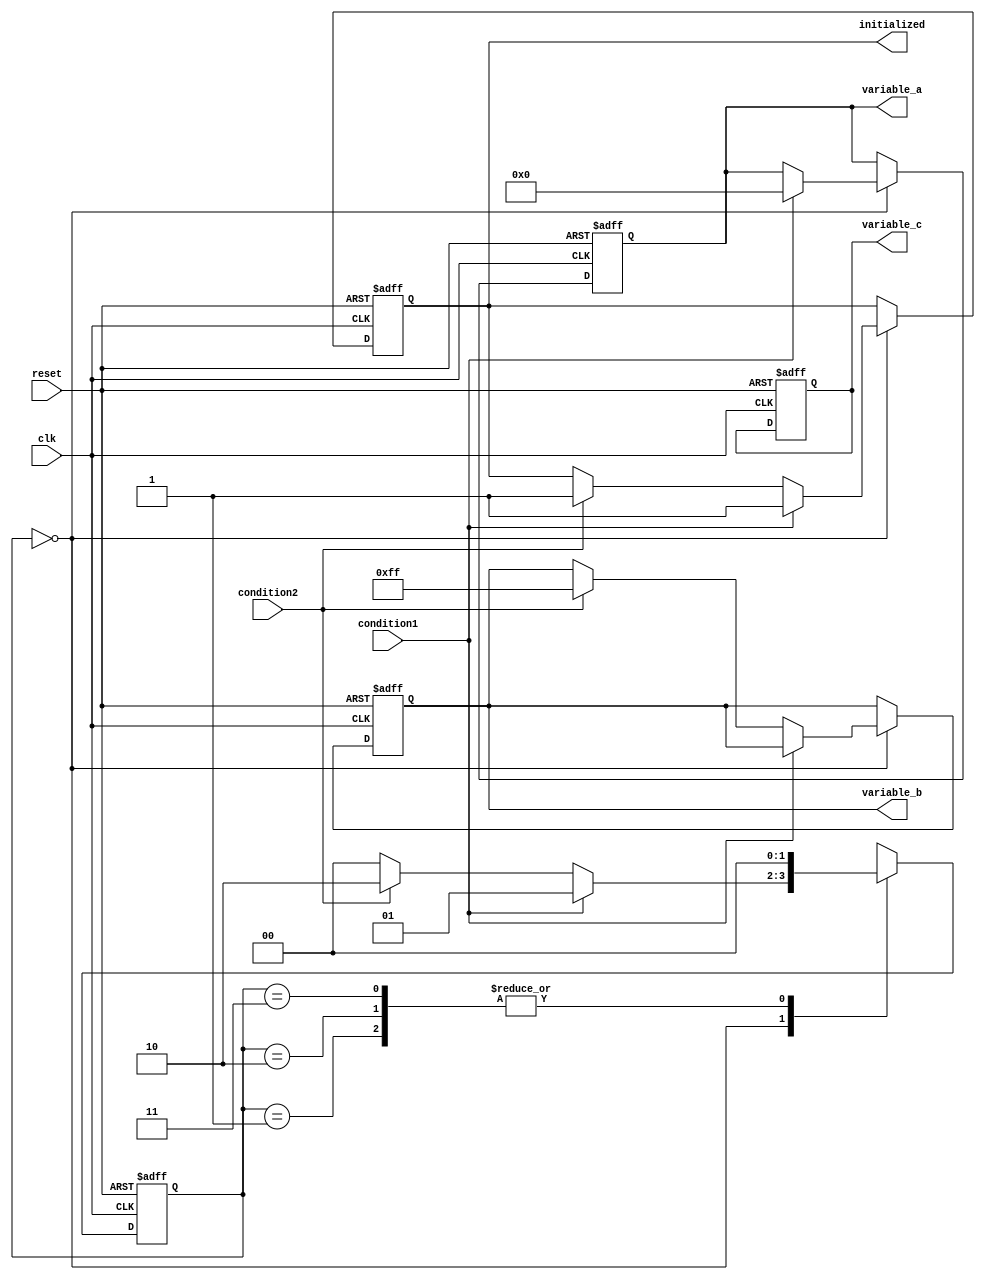
module ConditionalInitialization #(
    parameter INIT_VALUE_A = 8'h00,
    parameter INIT_VALUE_B = 8'hFF,
    parameter INIT_VALUE_C = 8'hAA
)(
    input wire clk,
    input wire reset,
    input wire condition1,
    input wire condition2,
    output reg [7:0] variable_a,
    output reg [7:0] variable_b,
    output reg [7:0] variable_c,
    output reg initialized
);

    // State management
    reg [1:0] state;

    // Initialization states
    localparam IDLE = 2'b00;
    localparam INIT_A = 2'b01;
    localparam INIT_B = 2'b10;
    localparam INIT_C = 2'b11;

    // Sequential logic for initialization
    always @(posedge clk or posedge reset) begin
        if (reset) begin
            // Reset all variables to default values
            variable_a <= INIT_VALUE_A;
            variable_b <= INIT_VALUE_B;
            variable_c <= INIT_VALUE_C;
            initialized <= 1'b0;
            state <= IDLE;
        end else begin
            case (state)
                IDLE: begin
                    // Check conditions for initialization
                    if (condition1) begin
                        variable_a <= INIT_VALUE_A; // Initialize variable_a
                        initialized <= 1'b1;
                        state <= INIT_A;
                    end else if (condition2) begin
                        variable_b <= INIT_VALUE_B; // Initialize variable_b
                        initialized <= 1'b1;
                        state <= INIT_B;
                    end else begin
                        state <= IDLE; // Remain in IDLE if no conditions met
                    end
                end

                INIT_A: begin
                    // Additional logic for variable_a initialization can be added here
                    state <= IDLE; // Return to IDLE after initialization
                end

                INIT_B: begin
                    // Additional logic for variable_b initialization can be added here
                    state <= IDLE; // Return to IDLE after initialization
                end

                INIT_C: begin
                    // Additional logic for variable_c initialization can be added here
                    state <= IDLE; // Return to IDLE after initialization
                end

                default: state <= IDLE; // Default state handling
            endcase
        end
    end

endmodule